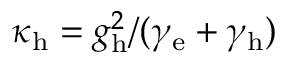
\kappa _ { \mathrm { h } } = g _ { \mathrm { h } } ^ { 2 } / ( \gamma _ { \mathrm { e } } + \gamma _ { \mathrm { h } } )